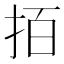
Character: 𢫦